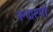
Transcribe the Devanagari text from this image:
नन्दाष्टमी